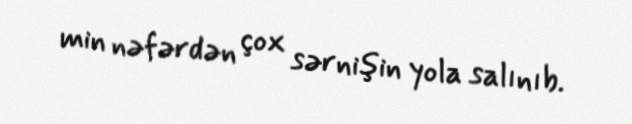
min nəfərdən çox sərnişin yola salınıb.